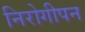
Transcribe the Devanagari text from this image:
निरोगीपन